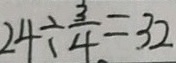
2 4 \div \frac { 3 } { 4 } = 3 2